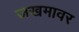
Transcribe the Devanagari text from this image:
जखमावर